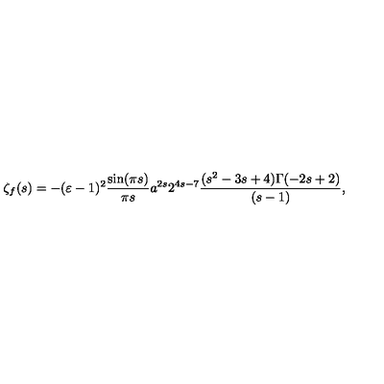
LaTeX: \zeta _ { f } ( s ) = - ( \varepsilon - 1 ) ^ { 2 } \frac { \sin ( \pi s ) } { \pi s } a ^ { 2 s } 2 ^ { 4 s - 7 } \frac { ( s ^ { 2 } - 3 s + 4 ) \Gamma ( - 2 s + 2 ) } { ( s - 1 ) } ,